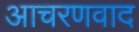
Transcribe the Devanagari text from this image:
आचरणवाद